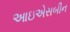
આઇએસબીન